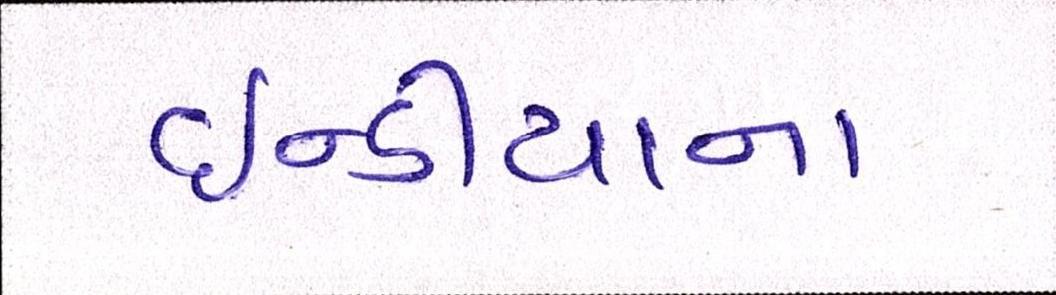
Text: ઇન્ડીયાના